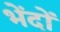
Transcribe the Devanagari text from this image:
भेंदों